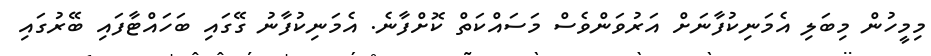
މިމީހުން މިބަލި އެމަނިކުފާނަށް އަރުވަންވެސް މަސައްކަތް ކޮށްފާނެ. އެމަނިކުފާނު ގޭގައި ބަހައްޓާފައި ބޭރުގައި